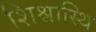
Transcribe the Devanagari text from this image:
शिश्नास्थि